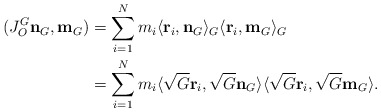
\begin{align*}\begin{aligned}(J^G_O \mathbf{n}_G, \mathbf{m}_G)&=\sum_{i=1}^Nm_i\langle \mathbf{r}_i, \mathbf{n}_G\rangle_G \langle \mathbf{r}_i, \mathbf{m}_G\rangle_G\\&=\sum_{i=1}^Nm_i\langle \sqrt{G}\mathbf{r}_i, \sqrt{G}\mathbf{n}_G\rangle \langle \sqrt{G}\mathbf{r}_i, \sqrt{G}\mathbf{m}_G\rangle.\end{aligned}\end{align*}